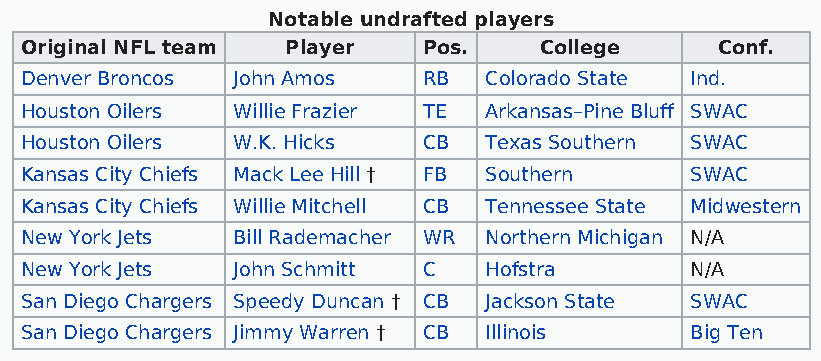
Notable undrafted players
 Original NFL team Player   Pos.    College     Conf.
 Denver Broncos John Amos   RB  Colorado State Ind.
 Houston Oilers Willie Frazier TE Arkansas–Pine Bluff SWAC
 Houston Oilers W.K. Hicks  CB  Texas Southern SWAC
 Kansas City Chiefs Mack Lee Hill † FB Southern SWAC
 Kansas City Chiefs Willie Mitchell CB Tennessee State Midwestern
 New York Jets Bill Rademacher WR Northern Michigan N/A
 New York Jets John Schmitt C   Hofstra       N/A
 San Diego Chargers Speedy Duncan † CB Jackson State SWAC
 San Diego Chargers Jimmy Warren † CB Illinois Big Ten